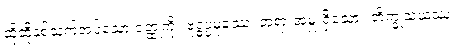
ထိုထိုနှစ်သက်အပ်သော ဝတ္ထုကို။ ဗုဒ္ဓပ္ပမုခဿ၊ ဘုရားအမှူးရှိသော။ ဘိက္ခုသံဃဿ၊